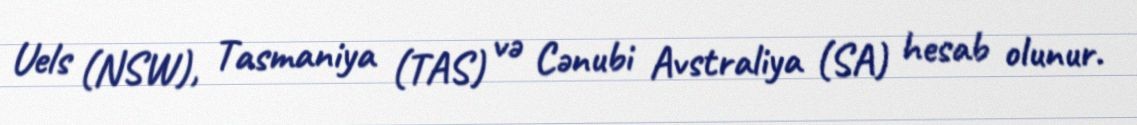
Uels (NSW), Tasmaniya (TAS) və Cənubi Avstraliya (SA) hesab olunur.